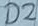
Text: D2